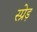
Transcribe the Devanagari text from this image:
स्प्रेड़